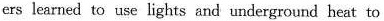
ters learned to use lights and underground hea to